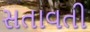
સતાવતી